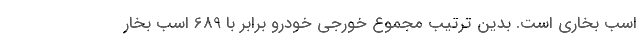
اسب بخاری است. بدین ترتیب مجموع خورجی خودرو برابر با 689 اسب بخار